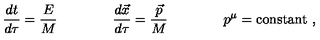
\frac { d t } { d \tau } = \frac { E } { M } \qquad \qquad \frac { d \vec { x } } { d \tau } = \frac { \vec { p } } { M } \qquad \qquad p ^ { \mu } = \mathrm { c o n s t a n t } \ ,